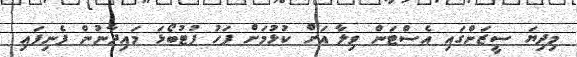
މިދިޔަ ސީޒަންގައި އެސްޓަން ވިލާ އަށް ކުޅުމަށް ފަހު ފުޓުބޯޅަ މައިދާނުން ފެނިފައި